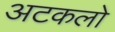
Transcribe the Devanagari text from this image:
अटकलो